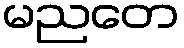
မညတေ